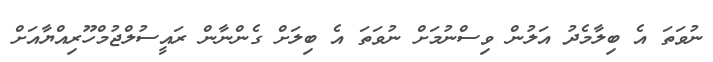
ނުވަތަ އެ ބިލާމެދު އަލުން ވިސްނުމަށް ނުވަތަ އެ ބިލަށް ގެންނާން ރައީސުލްޖުމްހޫރިއްޔާއަށް